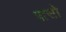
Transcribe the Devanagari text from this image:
पासो